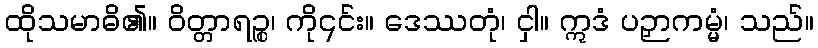
ထိုသမာဓိ၏။ ဝိတ္တာရဉ္စ၊ ကို၎င်း။ ဒေဿတုံ၊ ငှါ။ ဣဒံ ပဉှာကမ္မံ၊ သည်။